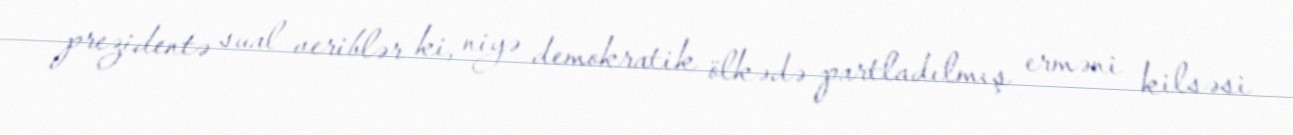
prezidentə sual veriblər ki, niyə demokratik ölkədə partladılmış erməni kilsəsi